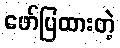
ဖော်ပြထားတဲ့